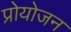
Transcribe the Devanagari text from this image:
प्रोयोजन